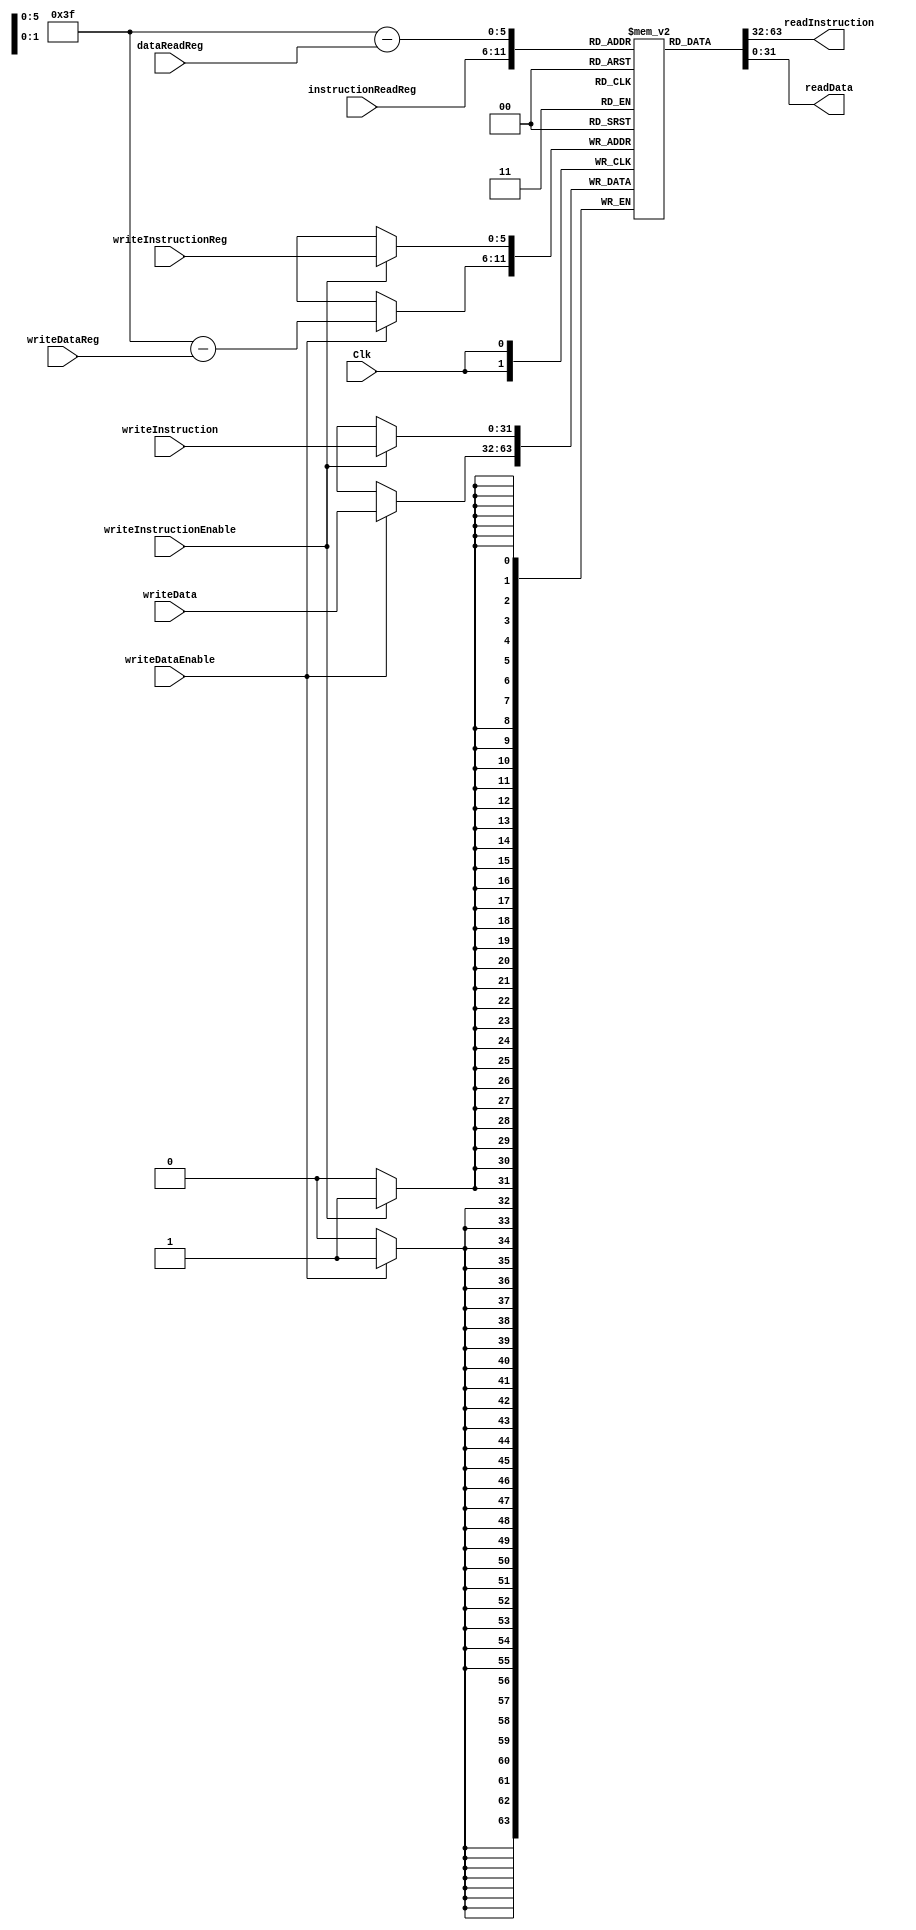
module Memory(instructionReadReg, dataReadReg, readInstruction, readData,
    writeInstructionReg, writeDataReg, writeInstruction, writeData,
    writeInstructionEnable, writeDataEnable, Clk);

    parameter wordNumber = 64;
    parameter n = 32;
    parameter m = 6;

    input Clk;
    input[m - 1 : 0] instructionReadReg, dataReadReg;
    output[n - 1 : 0] readInstruction, readData;

    input[m - 1 : 0] writeInstructionReg, writeDataReg;
    input[n - 1 : 0] writeInstruction, writeData;
    input writeInstructionEnable, writeDataEnable;

    reg [n - 1 : 0] numbers [wordNumber - 1 : 0];

    assign readInstruction = numbers[instructionReadReg];               // At Top -> Instructions
    assign readData = numbers[wordNumber - 1 - dataReadReg];            // At Bottom -> Data

    integer i = 0;
    initial begin
        // For Fibonacci
        numbers[0] <= 32'b100010_00000_00000_0000000000000000;   // Lw S0, S0(0)         (S0 = Mem[0](n))
        numbers[1] <= 32'b001000_00010_00010_0000000000000001;   // Addi S2, S2, 1       (S2 (F1) = 1, S1 (F0) = 0)
        numbers[2] <= 32'b001001_00000_00000_0000000000000001;   // L1: Subi S0, S0, 1   (S0 -= 1)
        numbers[3] <= 32'b000000_00010_00001_00011_00000_100000; // Add S3, S2, S1       (S3 = S2 + S1 -> Fn+1 = Fn + Fn-1)
        numbers[4] <= 32'b001000_00010_00001_0000000000000000;   // Addi S1, S2, 0       (S1 = S2 -> Fn-1 = Fn)
        numbers[5] <= 32'b001000_00011_00010_0000000000000000;   // Addi S2, S3, 0       (S2 = S3 -> Fn = Fn+1)
        numbers[6] <= 32'b101011_00000_00001_0000000000000000;   // SW S1, S0(0)         (Mem[0] = S1(Fn))
        numbers[7] <= 32'b000100_00111_00000_1111111111111010;   // BNE S0, S4, L1       (If S2 != S4 (0), Then Branch L1)
        numbers[8] <= 32'b111111_00000_00000_0000000000000000;   // End Of The Program (OP=6'b111111)

        // For Testing Without Hazard
//        numbers[0] <= 32'b100010_00000_00000_0000000000000000;   // Lw S0, S0(0)         (S0 = Mem[0](n))
//        numbers[1] <= 32'b000010_0000000000000000000000000001;      // Jump 1
//        numbers[2] <= 32'b000100_00111_00000_0000000000000010;   // BNE S0, S4, L1       (If S2 != S4 (0), Then Branch L1)
//        numbers[3] <= 32'b001000_00010_00010_0000000000000001;   // Addi S2, S2, 1       (S2 (F1) = 1, S1 (F0) = 0)
//        numbers[4] <= 32'b001000_00001_00001_0000000000000001;   // Addi S1, S1, 1       (S2 (F1) = 1, S1 (F0) = 0)
//        numbers[5] <= 32'b000000_00000_00000_00000_00000_100000; // Add S0, S0, S0
//        numbers[6] <= 32'b001000_00001_00001_0000000000000001;   // Addi S1, S1, 1       (S2 (F1) = 1, S1 (F0) = 0)
//        numbers[7] <= 32'b001000_00001_00001_0000000000000001;   // Addi S1, S1, 1       (S2 (F1) = 1, S1 (F0) = 0)
//        numbers[8] <= 32'b001000_00001_00001_0000000000000001;   // Addi S1, S1, 1       (S2 (F1) = 1, S1 (F0) = 0)
//        numbers[9] <= 32'b001000_00001_00001_0000000000000001;   // Addi S1, S1, 1       (S2 (F1) = 1, S1 (F0) = 0)
//        numbers[10] <= 32'b001000_00001_00001_0000000000000001;   // Addi S1, S1, 1       (S2 (F1) = 1, S1 (F0) = 0)
//        numbers[11] <= 32'b101011_00100_00000_0000000000000000;     // Sw S0, S4(0)
//        numbers[12] <= 32'b111111_00000_00000_0000000000000000;   // End Of The Program (OP=6'b111111)
        numbers[wordNumber - 1] <= 16;                                       // n = 16 (Because Of First Input Increases);
        for(i = 9; i < wordNumber - 1; i = i + 1) begin
            numbers[i] <= 0;
        end
    end

    always @(posedge Clk) begin
        if (writeInstructionEnable)
            numbers[writeInstructionReg] <= writeInstruction;
        if (writeDataEnable)
            numbers[wordNumber - 1 - writeDataReg] <= writeData;
    end
endmodule